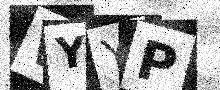
Text: WYYP